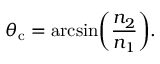
\theta _ { \mathrm { c } } = \arcsin \! \left( { \frac { n _ { 2 } } { n _ { 1 } } } \right) \! .